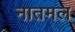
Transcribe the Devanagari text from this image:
नातमल